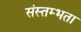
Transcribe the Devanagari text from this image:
संस्तम्भता